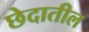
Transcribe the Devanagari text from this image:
छेदातील